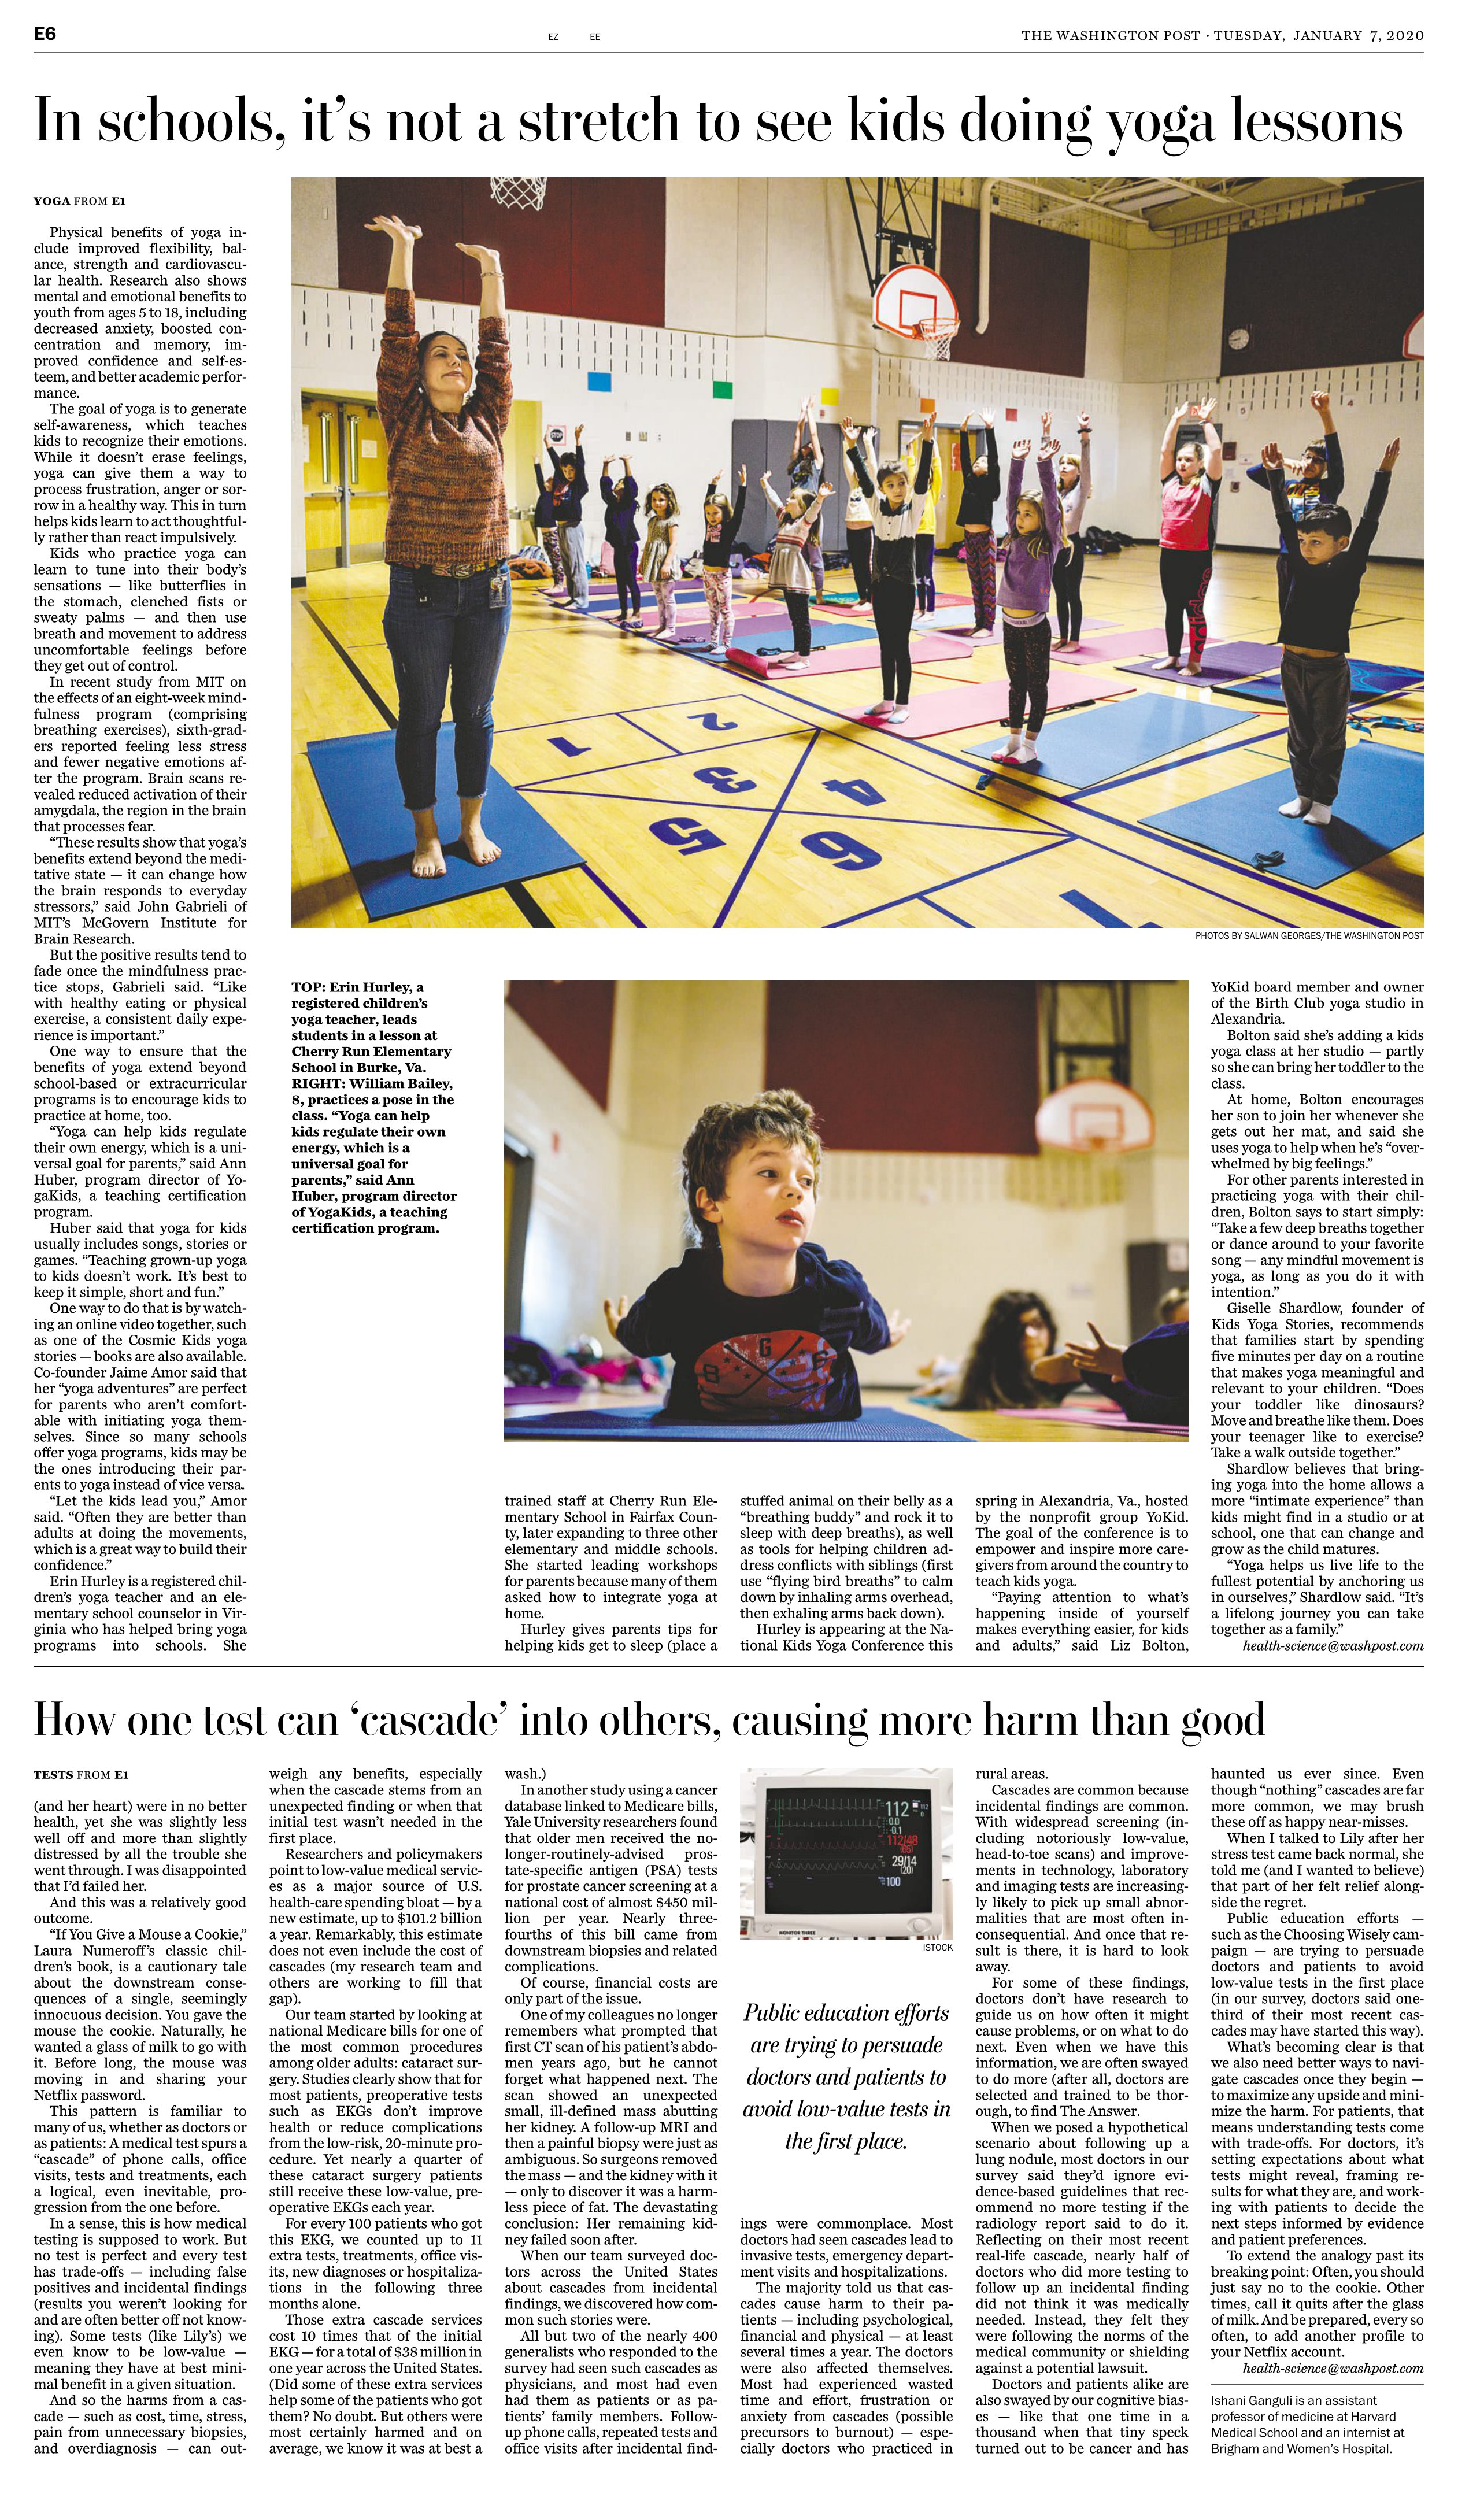
Language: en